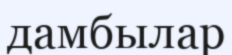
дамбылар